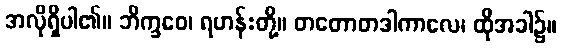
အလိုရှိပါ၏။ ဘိက္ခဝေ၊ ရဟန်းတို့။ တတောတဒါကာလေ၊ ထိုအခါ၌။